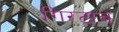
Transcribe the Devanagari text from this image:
गिरटाब